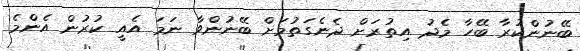
ބޭނުންކުރާ ބޭހާ މެދު އިތުރަށް ދެނެގަތުމަށް ބޭނުންވާ ނަމަ އެއީ ކުރުން އެންމެ